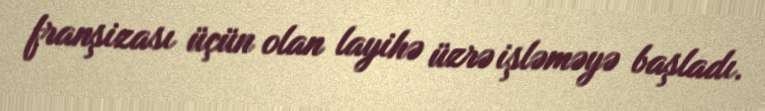
franşizası üçün olan layihə üzrə işləməyə başladı.